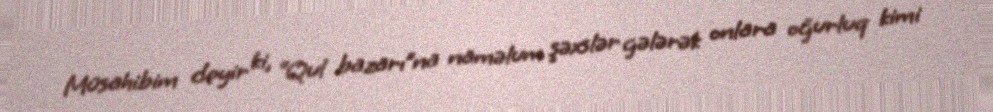
Müsahibim deyir ki, “Qul bazarı”na naməlum şəxslər gələrək onlara oğurluq kimi